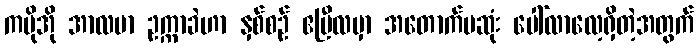
ကမိုအို အာလဗာ ဥက္ကာခဲဟာ နှစ်စဉ် ဧပြီလမှာ အတောက်ပဆုံး ပေါ်လာလေ့ရှိတဲ့အတွက်